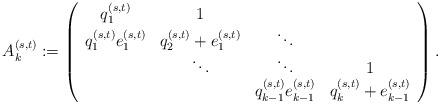
LaTeX: \begin{align*}A_k^{(s,t)}:=\left(\begin{array}{cccc}q_1^{(s,t)}&1\\q_1^{(s,t)}e_{1}^{(s,t)}&q_2^{(s,t)}+e_1^{(s,t)}&\ddots\\&\ddots&\ddots&1\\&&q_{k-1}^{(s,t)}e_{k-1}^{(s,t)}&q_k^{(s,t)}+e_{k-1}^{(s,t)}\end{array}\right).\end{align*}